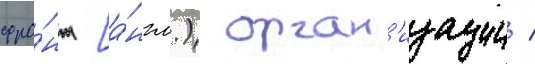
фро́нт [а́нгл.) орган'изации /